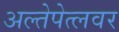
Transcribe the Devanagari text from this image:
अल्तेपेत्लवर